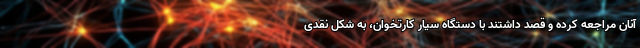
آنان مراجعه کرده و قصد داشتند با دستگاه سیار کارتخوان، به شکل نقدی